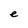
Character: e